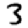
Digit: 3